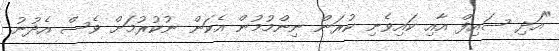
"އަދި ސައިފް އާއި ކައިވެނި ކުރަން ނިންމުމުން އެކަން ނުކުރުމަށް ވެސް އެދުނު.